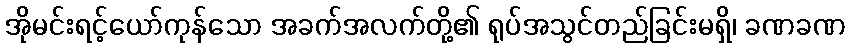
အိုမင်းရင့်ယော်ကုန်သော အခက်အလက်တို့၏ ရုပ်အသွင်တည်ခြင်းမရှိ၊ ခဏခဏ